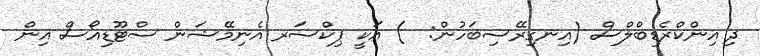
ދި އިންކްރެޑިބްލްސް (އިނގިރޭސިބަހުން:  ) އަކީ ޕިކްސަރ އެނިމޭޝަން ސްޓޫޑިއޯސް އިން